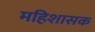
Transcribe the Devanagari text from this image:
महिशासक